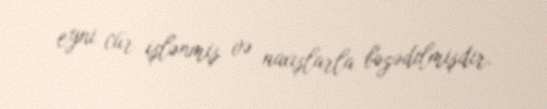
eyni cür işlənmiş və naxışlarla bəzədilmişdir.